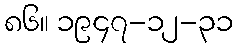
၈၆။ ၁၉၄၇-၁၂-၃၁